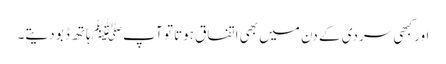
اور کبھی سردی کے دن میں بھی اتفاق ہوتا تو آپﷺ ہاتھ ڈبو دیتے۔